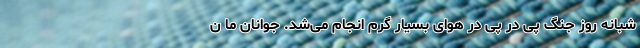
شبانه روز جنگ پی در پی در هوای بسیار گرم انجام می‌شد. جوانان ما ن